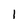
Character: I